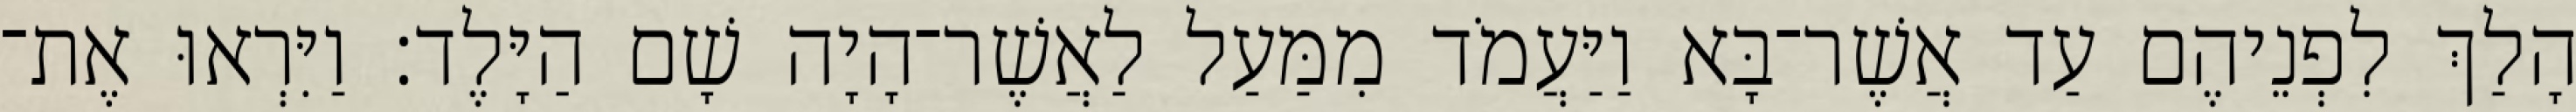
הָלַךְ לִפְנֵיהֶם עַד אֲשֶׁר־בָּא וַיַּעֲמֹד מִמַּעַל לַאֲשֶׁר־הָיָה שָׁם הַיָּלֶד׃ וַיִּרְאוּ אֶת־